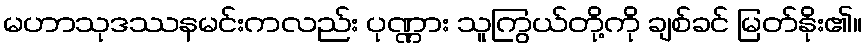
မဟာသုဒဿနမင်းကလည်း ပုဏ္ဏား သူကြွယ်တို့ကို ချစ်ခင် မြတ်နိုး၏။